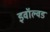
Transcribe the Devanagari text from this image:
इवॉल्वड